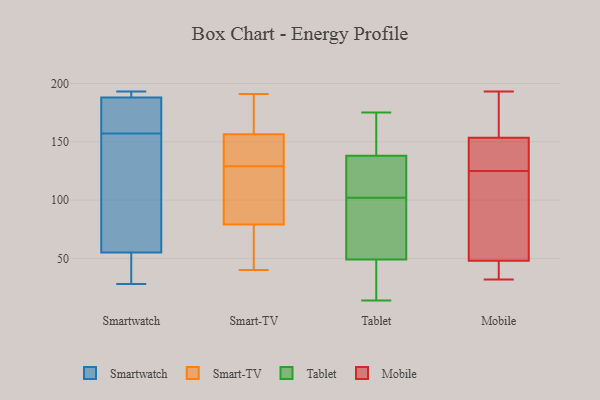
{"axis": {"x": "Temperature (°C)", "y": "Value"}, "legend": ["Mobile", "Smart-TV", "Smartwatch", "Tablet"], "data": [{"x": "", "y": 191, "type": "Smartwatch"}, {"x": "", "y": 28, "type": "Smartwatch"}, {"x": "", "y": 161, "type": "Smartwatch"}, {"x": "", "y": 171, "type": "Smartwatch"}, {"x": "", "y": 153, "type": "Smartwatch"}, {"x": "", "y": 188, "type": "Smartwatch"}, {"x": "", "y": 169, "type": "Smartwatch"}, {"x": "", "y": 28, "type": "Smartwatch"}, {"x": "", "y": 191, "type": "Smartwatch"}, {"x": "", "y": 55, "type": "Smartwatch"}, {"x": "", "y": 193, "type": "Smartwatch"}, {"x": "", "y": 52, "type": "Smartwatch"}, {"x": "", "y": 64, "type": "Smartwatch"}, {"x": "", "y": 139, "type": "Smartwatch"}, {"x": "", "y": 40, "type": "Smart-TV"}, {"x": "", "y": 131, "type": "Smart-TV"}, {"x": "", "y": 63, "type": "Smart-TV"}, {"x": "", "y": 174, "type": "Smart-TV"}, {"x": "", "y": 45, "type": "Smart-TV"}, {"x": "", "y": 160, "type": "Smart-TV"}, {"x": "", "y": 87, "type": "Smart-TV"}, {"x": "", "y": 153, "type": "Smart-TV"}, {"x": "", "y": 90, "type": "Smart-TV"}, {"x": "", "y": 108, "type": "Smart-TV"}, {"x": "", "y": 177, "type": "Smart-TV"}, {"x": "", "y": 132, "type": "Smart-TV"}, {"x": "", "y": 191, "type": "Smart-TV"}, {"x": "", "y": 153, "type": "Smart-TV"}, {"x": "", "y": 71, "type": "Smart-TV"}, {"x": "", "y": 127, "type": "Smart-TV"}, {"x": "", "y": 152, "type": "Tablet"}, {"x": "", "y": 104, "type": "Tablet"}, {"x": "", "y": 116, "type": "Tablet"}, {"x": "", "y": 49, "type": "Tablet"}, {"x": "", "y": 151, "type": "Tablet"}, {"x": "", "y": 94, "type": "Tablet"}, {"x": "", "y": 175, "type": "Tablet"}, {"x": "", "y": 130, "type": "Tablet"}, {"x": "", "y": 100, "type": "Tablet"}, {"x": "", "y": 14, "type": "Tablet"}, {"x": "", "y": 91, "type": "Tablet"}, {"x": "", "y": 138, "type": "Tablet"}, {"x": "", "y": 15, "type": "Tablet"}, {"x": "", "y": 23, "type": "Tablet"}, {"x": "", "y": 161, "type": "Mobile"}, {"x": "", "y": 147, "type": "Mobile"}, {"x": "", "y": 74, "type": "Mobile"}, {"x": "", "y": 49, "type": "Mobile"}, {"x": "", "y": 175, "type": "Mobile"}, {"x": "", "y": 109, "type": "Mobile"}, {"x": "", "y": 44, "type": "Mobile"}, {"x": "", "y": 125, "type": "Mobile"}, {"x": "", "y": 45, "type": "Mobile"}, {"x": "", "y": 151, "type": "Mobile"}, {"x": "", "y": 32, "type": "Mobile"}, {"x": "", "y": 130, "type": "Mobile"}, {"x": "", "y": 193, "type": "Mobile"}]}